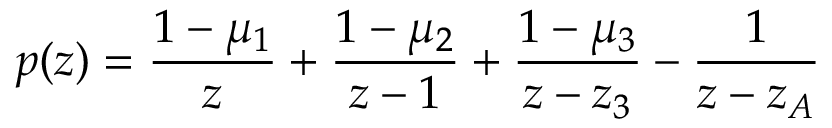
p ( z ) = \frac { 1 - \mu _ { 1 } } { z } + \frac { 1 - \mu _ { 2 } } { z - 1 } + \frac { 1 - \mu _ { 3 } } { z - z _ { 3 } } - \frac { 1 } { z - z _ { A } }